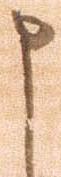
申